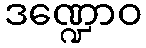
ဒဏ္ဍောဝ